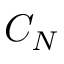
C _ { N }